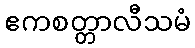
ဧကစတ္တာလီသမံ